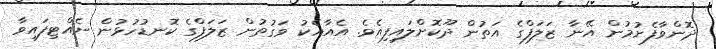
ދޮންވާފެށުމުން އޭނާ ޒަލަފްގެ އަތުން ދޫކޮށްލައިފިއެވެ. އެއާއެކު ވަގުތުން ޒަލަފްގެ ކޮނޑުހުޅުން ނެއްޓިފައިވާ